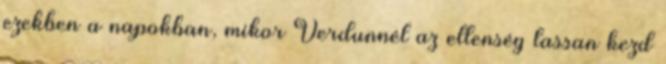
ezekben a napokban, mikor Verdunnél az ellenség lassan kezd